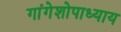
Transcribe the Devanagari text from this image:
गांगेशोपाध्याय